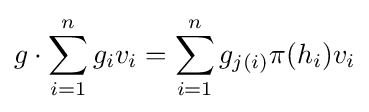
g\cdot \sum _{i=1}^{n}g_{i}v_{i}=\sum _{i=1}^{n}g_{j(i)}\pi (h_{i})v_{i}